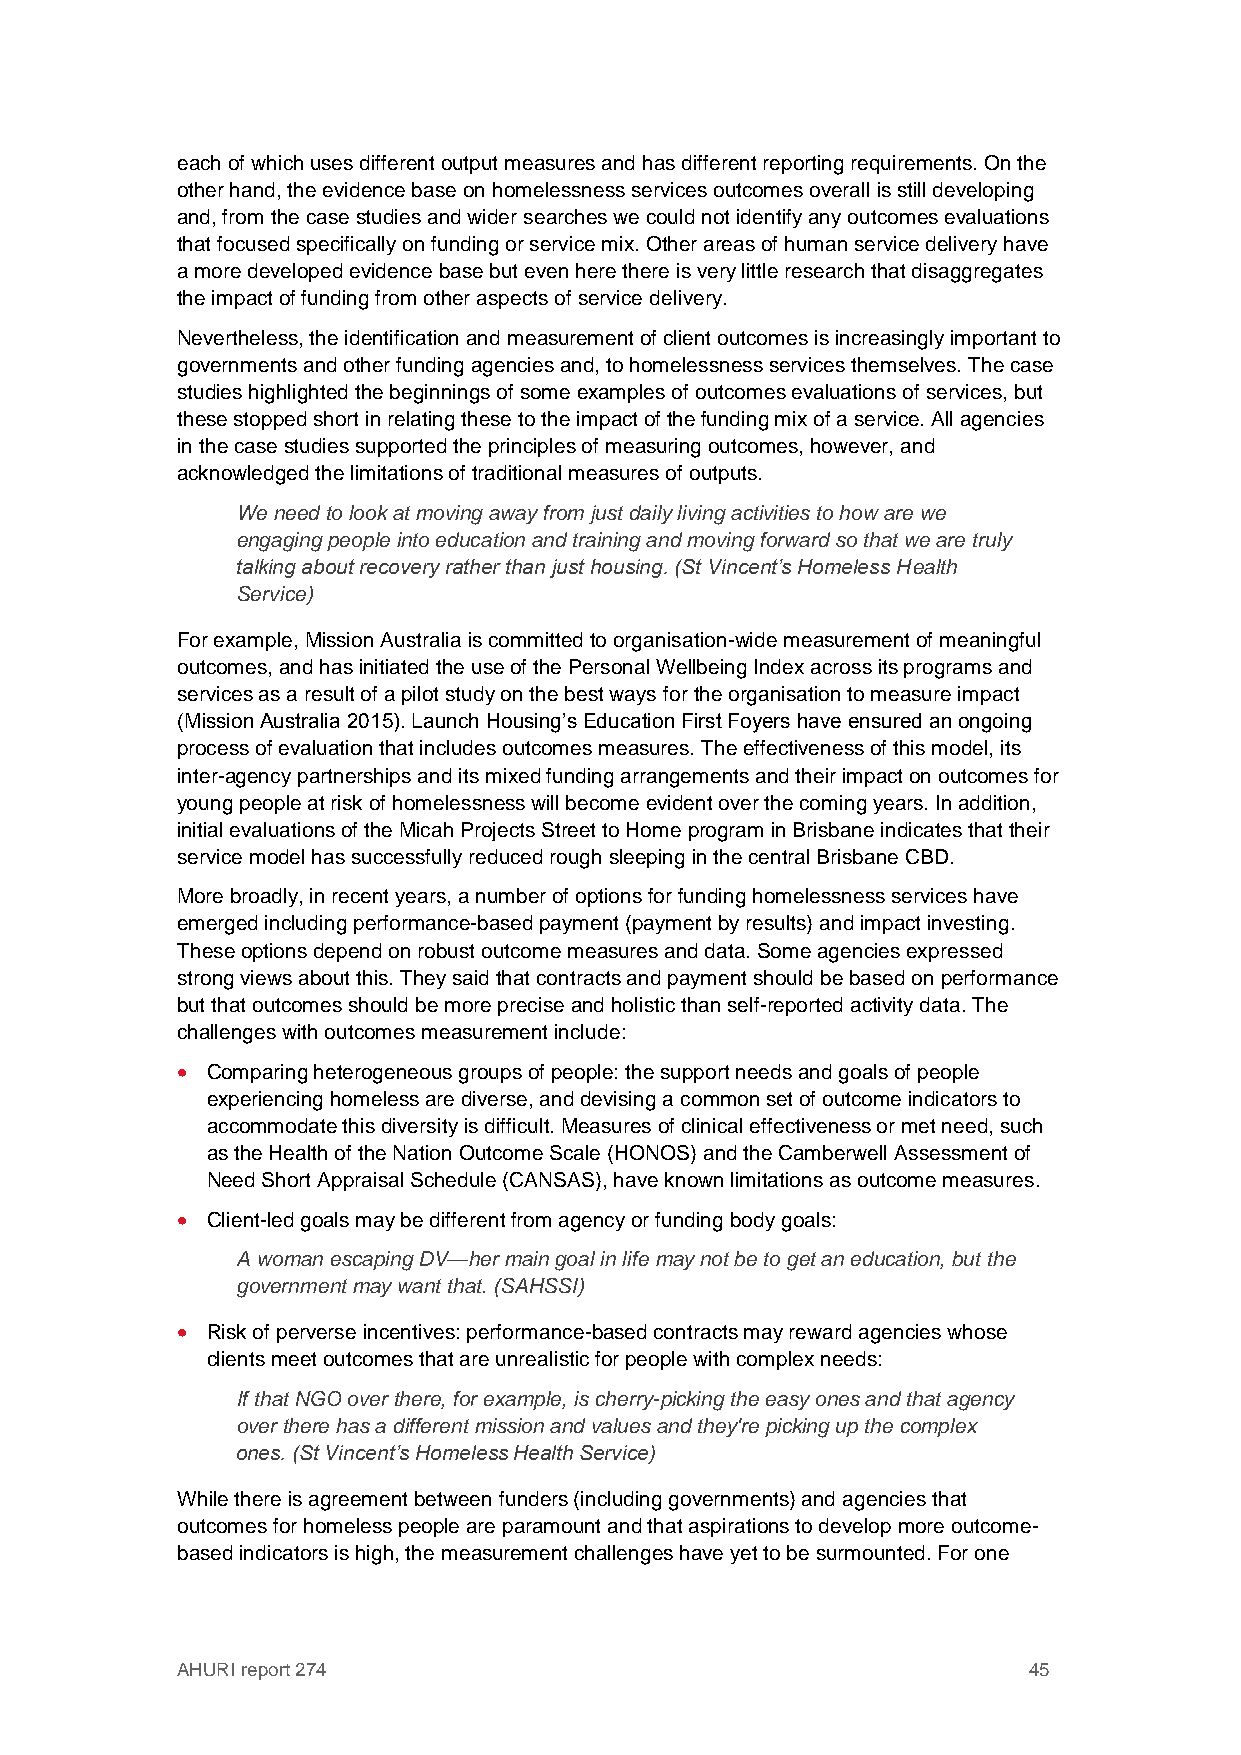
each of which uses different output measures and has different reporting requirements. On the
 other hand, the evidence base on homelessness services outcomes overall is still developing
 and, from the case studies and wider searches we could not identify any outcomes evaluations
 that focused specifically on funding or service mix. Other areas of human service delivery have
 a more developed evidence base but even here there is very little research that disaggregates
 the impact of funding from other aspects of service delivery.
 Nevertheless, the identification and measurement of client outcomes is increasingly important to
 governments and other funding agencies and, to homelessness services themselves. The case
 studies highlighted the beginnings of some examples of outcomes evaluations of services, but
 these stopped short in relating these to the impact of the funding mix of a service. All agencies
 in the case studies supported the principles of measuring outcomes, however, and
 acknowledged the limitations of traditional measures of outputs.
 We need to look at moving away from just daily living activities to how are we
 engaging people into education and training and moving forward so that we are truly
 talking about recovery rather than just housing. (St Vincent’s Homeless Health
 Service)
 For example, Mission Australia is committed to organisation-wide measurement of meaningful
 outcomes, and has initiated the use of the Personal Wellbeing Index across its programs and
 services as a result of a pilot study on the best ways for the organisation to measure impact
 (Mission Australia 2015). Launch Housing’s Education First Foyers have ensured an ongoing
 process of evaluation that includes outcomes measures. The effectiveness of this model, its
 inter-agency partnerships and its mixed funding arrangements and their impact on outcomes for
 young people at risk of homelessness will become evident over the coming years. In addition,
 initial evaluations of the Micah Projects Street to Home program in Brisbane indicates that their
 service model has successfully reduced rough sleeping in the central Brisbane CBD.
 More broadly, in recent years, a number of options for funding homelessness services have
 emerged including performance-based payment (payment by results) and impact investing.
 These options depend on robust outcome measures and data. Some agencies expressed
 strong views about this. They said that contracts and payment should be based on performance
 but that outcomes should be more precise and holistic than self-reported activity data. The
 challenges with outcomes measurement include:
  Comparing heterogeneous groups of people: the support needs and goals of people
 experiencing homeless are diverse, and devising a common set of outcome indicators to
 accommodate this diversity is difficult. Measures of clinical effectiveness or met need, such
 as the Health of the Nation Outcome Scale (HONOS) and the Camberwell Assessment of
 Need Short Appraisal Schedule (CANSAS), have known limitations as outcome measures.
  Client-led goals may be different from agency or funding body goals:
 A woman escaping DV—her main goal in life may not be to get an education, but the
 government may want that. (SAHSSI)
  Risk of perverse incentives: performance-based contracts may reward agencies whose
 clients meet outcomes that are unrealistic for people with complex needs:
 If that NGO over there, for example, is cherry-picking the easy ones and that agency
 over there has a different mission and values and they're picking up the complex
 ones. (St Vincent’s Homeless Health Service)
 While there is agreement between funders (including governments) and agencies that
 outcomes for homeless people are paramount and that aspirations to develop more outcome-
 based indicators is high, the measurement challenges have yet to be surmounted. For one
 AHURI report 274                                        45